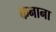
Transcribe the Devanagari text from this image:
कनाना